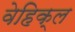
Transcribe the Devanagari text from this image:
वेहिक्ल